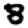
Digit: 8